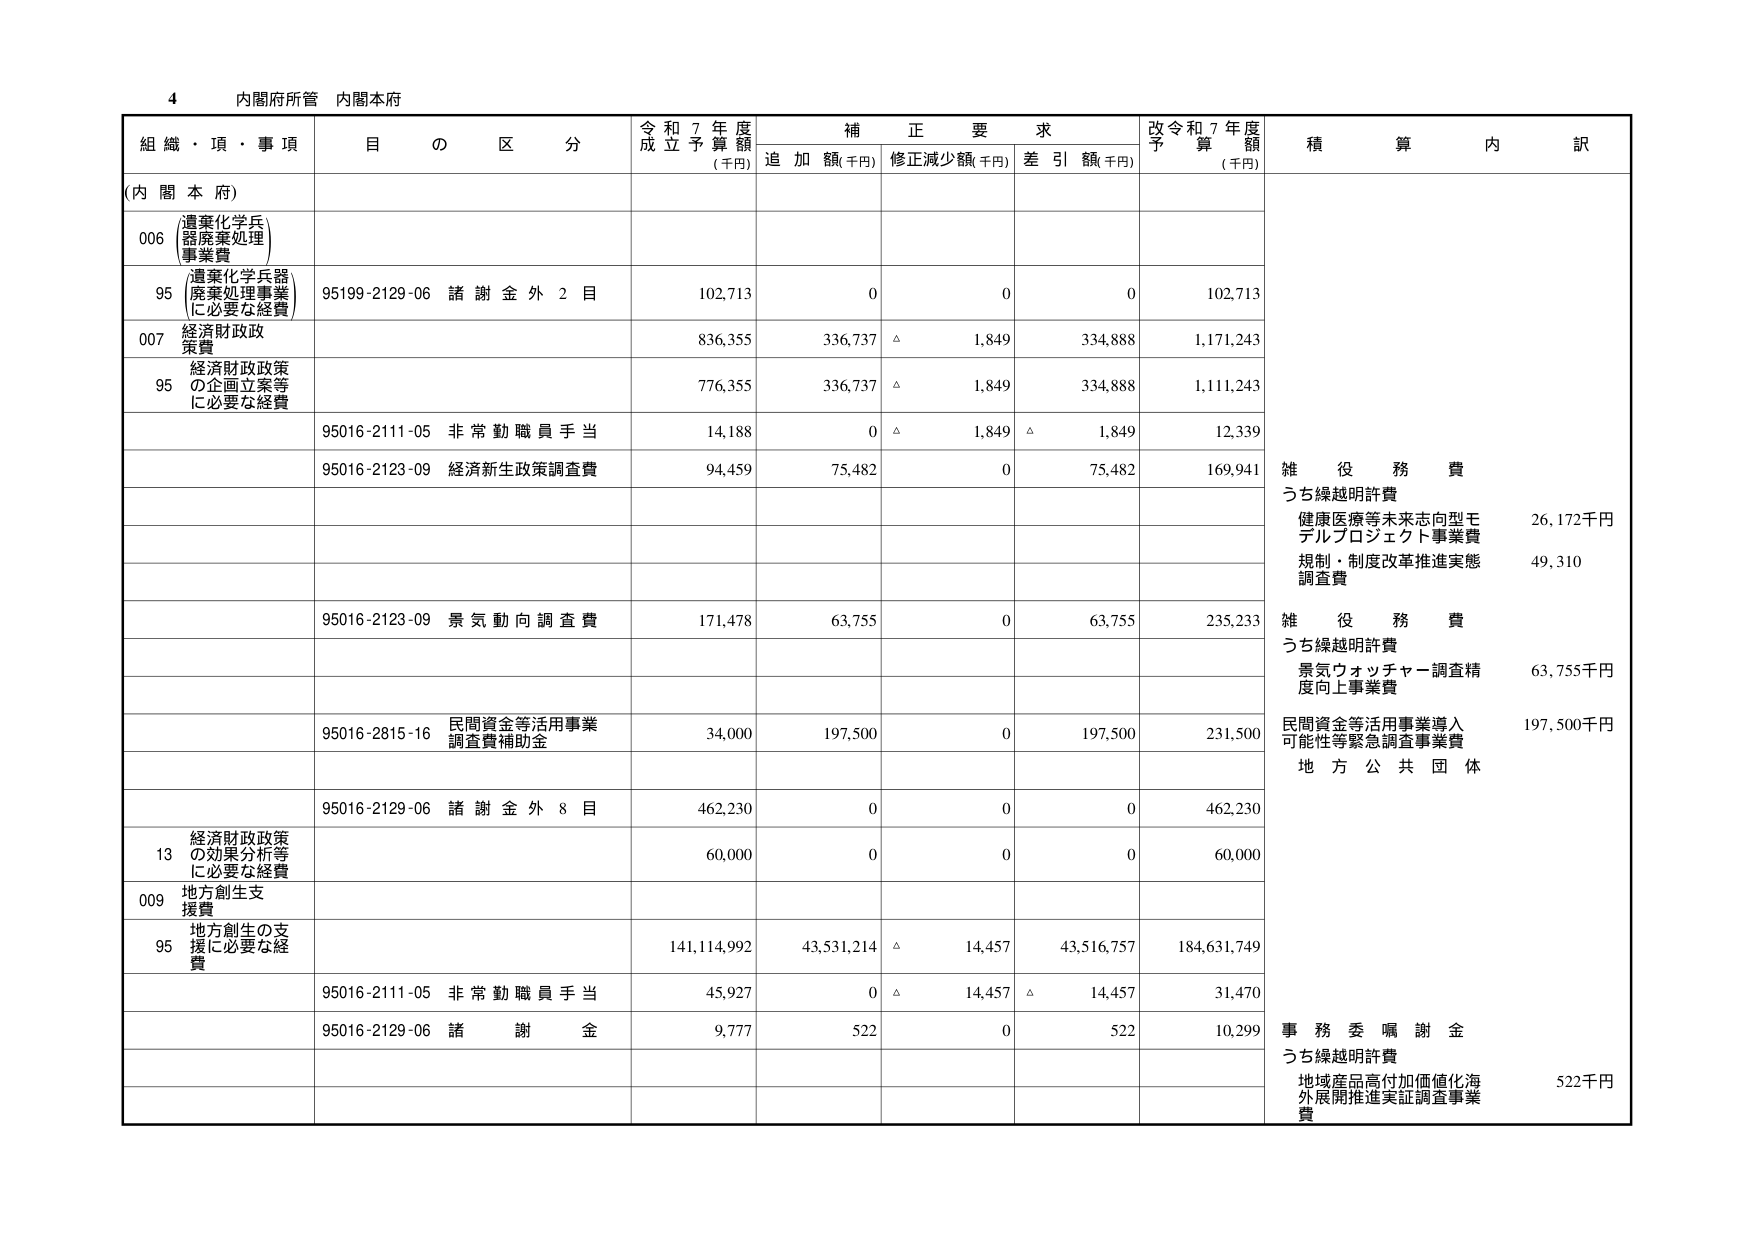
4 内閣府所管 内閣本府

組織・項・事項 目の区分 令和7年度成立予算額(千円) 補正要求 追加額(千円) 修正減少額(千円) 差引額(千円) 改令和7年度予算額(千円) 積算内訳

(内閣本府)

006 遺棄化学兵器廃棄処理事業費

95 遺棄化学兵器廃棄処理事業に必要な経費 95199-2129-06 諸謝金外2目 102,713 0 0 0 102,713

007 経済財政政策費 836,355 336,737 △ 1,849 334,888 1,171,243

95 経済財政政策の企画立案等に必要な経費 776,355 336,737 △ 1,849 334,888 1,111,243

95016-2111-05 非常勤職員手当 14,188 0 △ 1,849 △ 1,849 12,339

95016-2123-09 経済新生政策調査費 94,459 75,482 0 75,482 169,941

雑役務費
うち繰越明許費
健康医療等未来志向型モデルプロジェクト事業費 26,172千円
規制・制度改革推進実態調査費 49,310

95016-2123-09 景気動向調査費 171,478 63,755 0 63,755 235,233

雑役務費
うち繰越明許費
景気ウォッチャー調査精度向上事業費 63,755千円

95016-2815-16 民間資金等活用事業調査費補助金 34,000 197,500 0 197,500 231,500

民間資金等活用事業導入可能性等緊急調査事業費 197,500千円
地方公共団体

95016-2129-06 諸謝金外8目 462,230 0 0 0 462,230

13 経済財政政策の効果分析等に必要な経費 60,000 0 0 0 60,000

009 地方創生支援費

95 地方創生の支援に必要な経費 141,114,992 43,531,214 △ 14,457 43,516,757 184,631,749

95016-2111-05 非常勤職員手当 45,927 0 △ 14,457 △ 14,457 31,470

95016-2129-06 諸謝金 9,777 522 0 522 10,299

事務委嘱謝金
うち繰越明許費
地域産品高付加価値化海外展開推進実証調査事業費 522千円